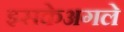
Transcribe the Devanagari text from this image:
इसकेअगले